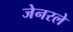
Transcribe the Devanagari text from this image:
जेनरले